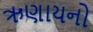
ઋણાયનો